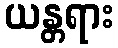
ယန္တရား